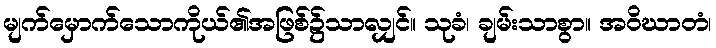
မျက်မှောက်သောကိုယ်၏အဖြစ်၌သာလျှင်။ သုခံ၊ ချမ်းသာစွာ။ အဝိဃာတံ၊